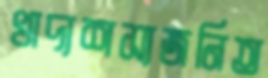
খাদ্যশস্যজনিত